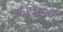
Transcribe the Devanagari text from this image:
कविकर्ण